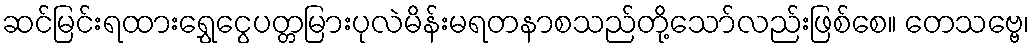
ဆင်မြင်းရထားရွှေငွေပတ္တမြားပုလဲမိန်းမရတနာစသည်တို့သော်လည်းဖြစ်စေ။ တေသဗ္ဗေ၊